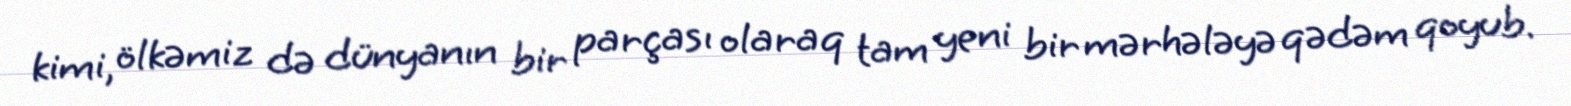
kimi, ölkəmiz də dünyanın bir parçası olaraq tam yeni bir mərhələyə qədəm qoyub.